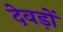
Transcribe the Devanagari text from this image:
देवड़ों